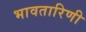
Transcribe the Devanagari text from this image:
भावतारिणी